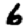
Digit: 6